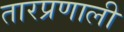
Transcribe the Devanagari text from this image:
तारप्रणाली